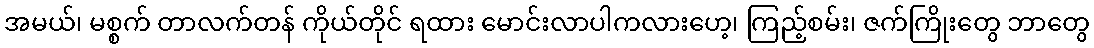
အမယ်၊ မစ္စက် တာလက်တန် ကိုယ်တိုင် ရထား မောင်းလာပါကလားဟေ့၊ ကြည့်စမ်း၊ ဇက်ကြိုးတွေ ဘာတွေ